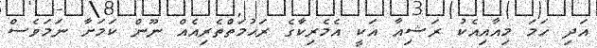
އަދި ހަމަ މިއާއިއެކު ރަޝިއާ އަކީ އެމެރިކާގެ ރަޙުމަތްތެރިއެއް ނޫން ކަމަށާ ނަމަވެސް